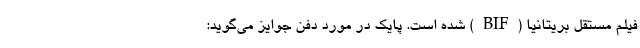
فیلم مستقل بریتانیا (BIF) شده است. پایک در مورد دفن جوایز می‌گوید: